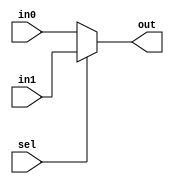
module mux2x1(out, in0,in1,sel);

output[31:0] out;
input[31:0] in0,in1;
input sel;

assign out=(sel==0)?in0:in1;

endmodule